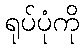
ရုပ်ပုံကို